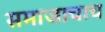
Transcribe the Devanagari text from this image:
समाजाचाच